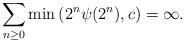
LaTeX: \begin{align*}\sum_{n\geq 0}\min\left(2^n\psi(2^n),c\right)=\infty.\end{align*}